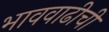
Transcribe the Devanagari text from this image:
भाववाढीची